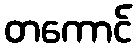
တကောင်